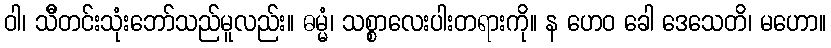
ဝါ၊ သိီတင်းသုံးဘော်သည်မူလည်း။ ဓမ္မံ၊ သစ္စာလေးပါးတရားကို။ န ဟေဝ ခေါ ဒေသေတိ၊ မဟော။